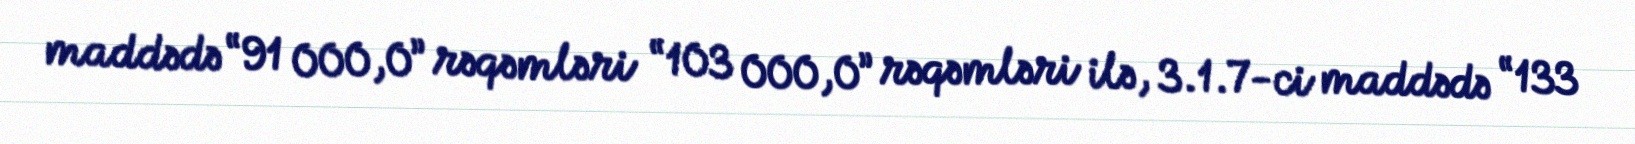
maddədə “91 000,0” rəqəmləri “103 000,0” rəqəmləri ilə, 3.1.7-ci maddədə “133